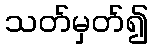
သတ်မှတ်၍